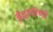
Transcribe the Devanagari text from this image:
ईंद्रायीणी